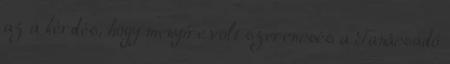
az a kérdés, hogy menyire volt szerencsés a Tanácsadó